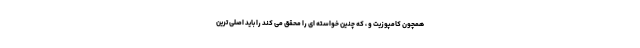
همچون کامپوزیت و ، که چنین خواسته ای را محقق می کند را باید اصلی ترین